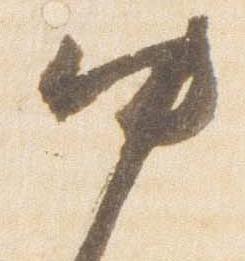
中